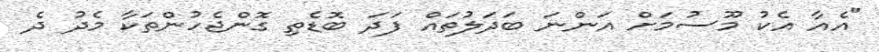
"އެއާ އެކު މޫސުމަށް އަންނަ ބަދަލުތައް ފަދަ ބޮޑެތި ގޮންޖެހުންތަކާ މެދު ދެ